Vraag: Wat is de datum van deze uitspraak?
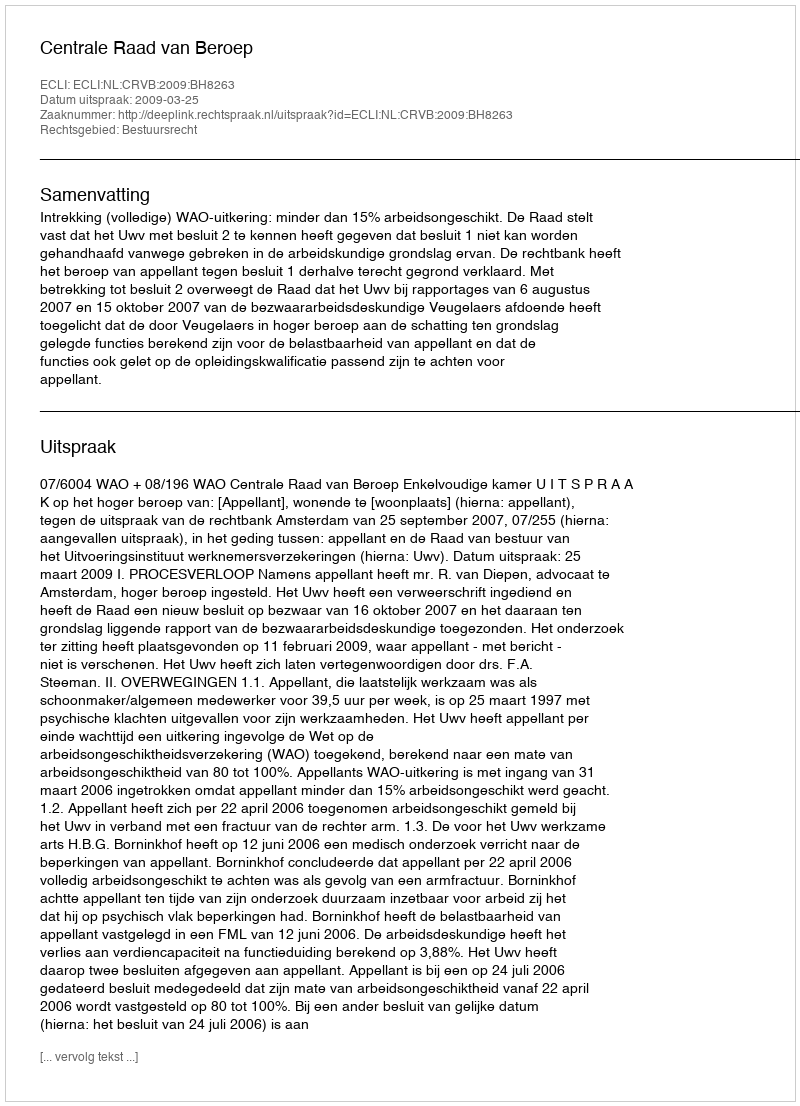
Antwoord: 2009-03-25